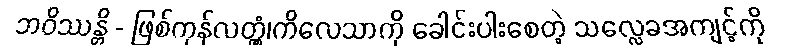
ဘဝိဿန္တိ - ဖြစ်ကုန်လတ္တံ့၊ကိလေသာကို ခေါင်းပါးစေတဲ့ သလ္လေခအကျင့်ကို